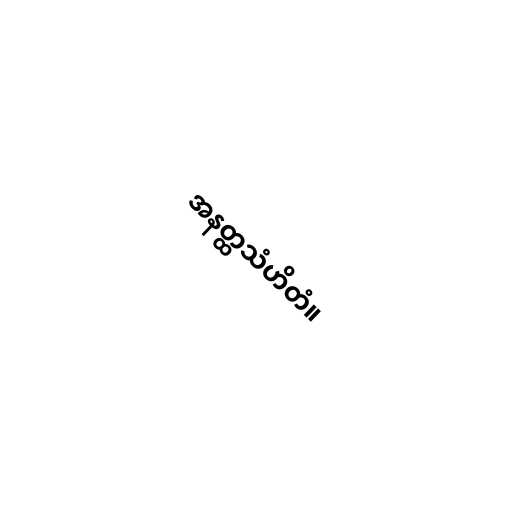
အနတ္ထသံဟိတံ။